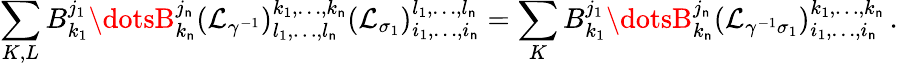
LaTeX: \sum_{K,L}B_{k_{1}}^{j_{1}}\dotsB_{k_{\mathsf{n}}}^{j_{\mathsf{n}}}(\mathcal{{L}}_{\gamma^{-1}})_{l_{1},\dots,l_{\mathsf{n}}}^{k_{1},\dots,k_{\mathsf{n}}}(\mathcal{{L}}_{\sigma_{1}})_{i_{1},\dots,i_{\mathsf{n}}}^{l_{1},\dots,l_{\mathsf{n}}}=\sum_{K}B_{k_{1}}^{j_{1}}\dotsB_{k_{\mathsf{n}}}^{j_{\mathsf{n}}}(\mathcal{{L}}_{\gamma^{-1}\sigma_{1}})_{i_{1},\dots,i_{\mathsf{n}}}^{k_{1},\dots,k_{\mathsf{n}}}\, .